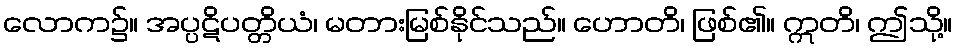
လောက၌။ အပ္ပဋိပတ္တိယံ၊ မတားမြစ်နိုင်သည်။ ဟောတိ၊ ဖြစ်၏။ ဣတိ၊ ဤသို့။